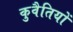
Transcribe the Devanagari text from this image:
कुवैतियों